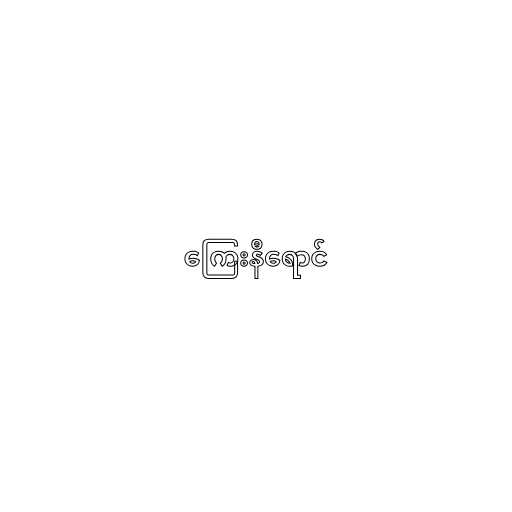
ကြေးနီရောင်